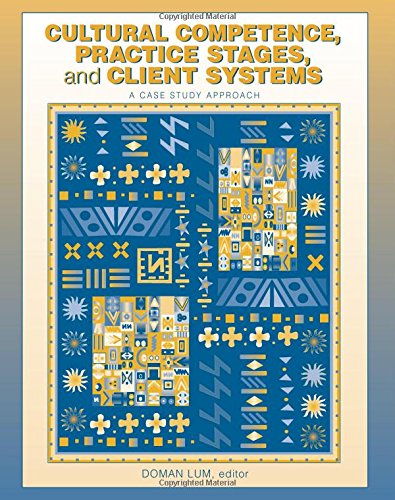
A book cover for Cultural Competence, Practice Stages, and Client Systems: A Case Study Approach; Doman Lum; Medical Books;